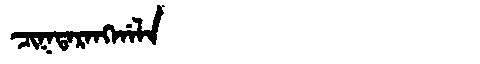
Manchu: ᠴᡳᡴᡨᠠᡵᠠᠩᡤᠠᠯᠠ
Romanization: CIKTARANGGALA